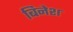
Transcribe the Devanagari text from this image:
बिनेश